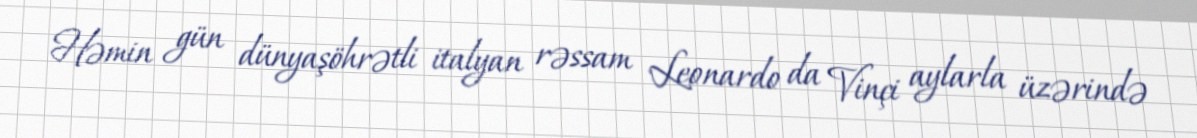
Həmin gün dünyaşöhrətli italyan rəssam Leonardo da Vinçi aylarla üzərində